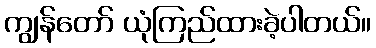
ကျွန်တော် ယုံကြည်ထားခဲ့ပါတယ်။